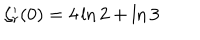
\zeta _ { r } ^ { \prime } ( 0 ) = 4 \ln 2 + \ln 3